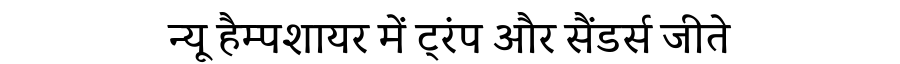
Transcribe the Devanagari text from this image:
न्यू हैम्पशायर में ट्रंप और सैंडर्स जीते